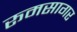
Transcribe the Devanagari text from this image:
रूमसागर